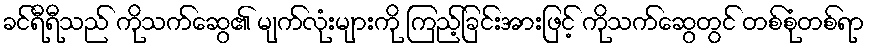
ခင်ရီရီသည် ကိုသက်ဆွေ၏ မျက်လုံးများကို ကြည့်ခြင်းအားဖြင့် ကိုသက်ဆွေတွင် တစ်စုံတစ်ရာ